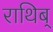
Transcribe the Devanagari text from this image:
राथिब्